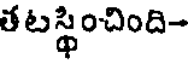
తటస్థించింది-